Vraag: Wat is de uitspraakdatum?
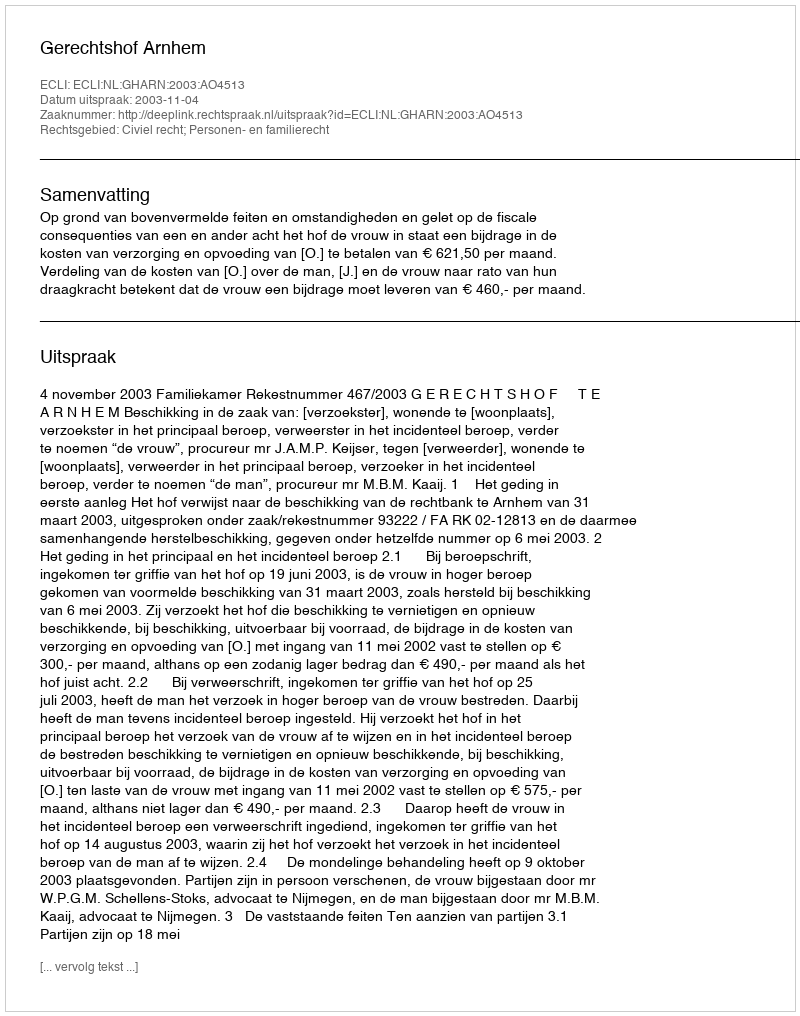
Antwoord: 2003-11-04